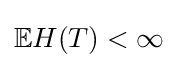
\mathbb {E} H(T)<\infty